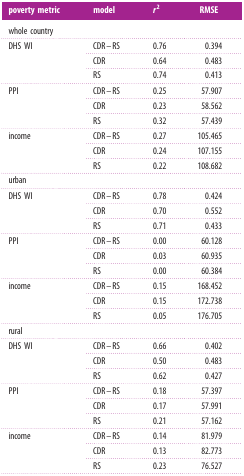
<table><thead><tr><td><b>poverty metric</b></td><td><b>model</b></td><td><b><i>r</i><sup>2</sup></b></td><td><b>RMSE</b></td></tr></thead><tbody><tr><td colspan="4">whole country</td></tr><tr><td rowspan="3">DHS WI</td><td>CDR–RS</td><td>0.76</td><td>0.394</td></tr><tr><td>CDR</td><td>0.64</td><td>0.483</td></tr><tr><td>RS</td><td>0.74</td><td>0.413</td></tr><tr><td rowspan="3">PPI</td><td>CDR–RS</td><td>0.25</td><td>57.907</td></tr><tr><td>CDR</td><td>0.23</td><td>58.562</td></tr><tr><td>RS</td><td>0.32</td><td>57.439</td></tr><tr><td rowspan="3">income</td><td>CDR–RS</td><td>0.27</td><td>105.465</td></tr><tr><td>CDR</td><td>0.24</td><td>107.155</td></tr><tr><td>RS</td><td>0.22</td><td>108.682</td></tr><tr><td colspan="4">urban</td></tr><tr><td rowspan="3">DHS WI</td><td>CDR–RS</td><td>0.78</td><td>0.424</td></tr><tr><td>CDR</td><td>0.70</td><td>0.552</td></tr><tr><td>RS</td><td>0.71</td><td>0.433</td></tr><tr><td rowspan="3">PPI</td><td>CDR–RS</td><td>0.00</td><td>60.128</td></tr><tr><td>CDR</td><td>0.03</td><td>60.935</td></tr><tr><td>RS</td><td>0.00</td><td>60.384</td></tr><tr><td rowspan="3">income</td><td>CDR–RS</td><td>0.15</td><td>168.452</td></tr><tr><td>CDR</td><td>0.15</td><td>172.738</td></tr><tr><td>RS</td><td>0.05</td><td>176.705</td></tr><tr><td colspan="4">rural</td></tr><tr><td rowspan="3">DHS WI</td><td>CDR–RS</td><td>0.66</td><td>0.402</td></tr><tr><td>CDR</td><td>0.50</td><td>0.483</td></tr><tr><td>RS</td><td>0.62</td><td>0.427</td></tr><tr><td rowspan="3">PPI</td><td>CDR–RS</td><td>0.18</td><td>57.397</td></tr><tr><td>CDR</td><td>0.17</td><td>57.991</td></tr><tr><td>RS</td><td>0.21</td><td>57.162</td></tr><tr><td rowspan="3">income</td><td>CDR–RS</td><td>0.14</td><td>81.979</td></tr><tr><td>CDR</td><td>0.13</td><td>82.773</td></tr><tr><td>RS</td><td>0.23</td><td>76.527</td></tr></tbody></table>